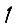
Digit: 1